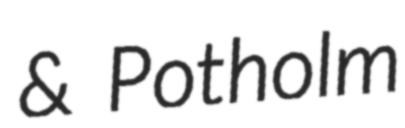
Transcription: & Potholm